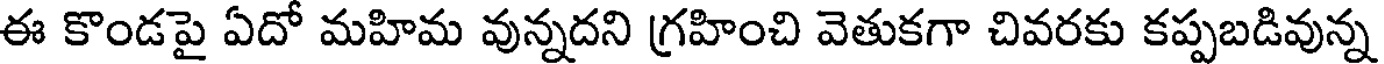
ఈ కొండపై ఏదో మహిమ వున్నదని గ్రహించి వెతుకగా చివరకు కప్పబడివున్న